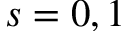
s = 0 , 1